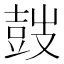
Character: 𡔷